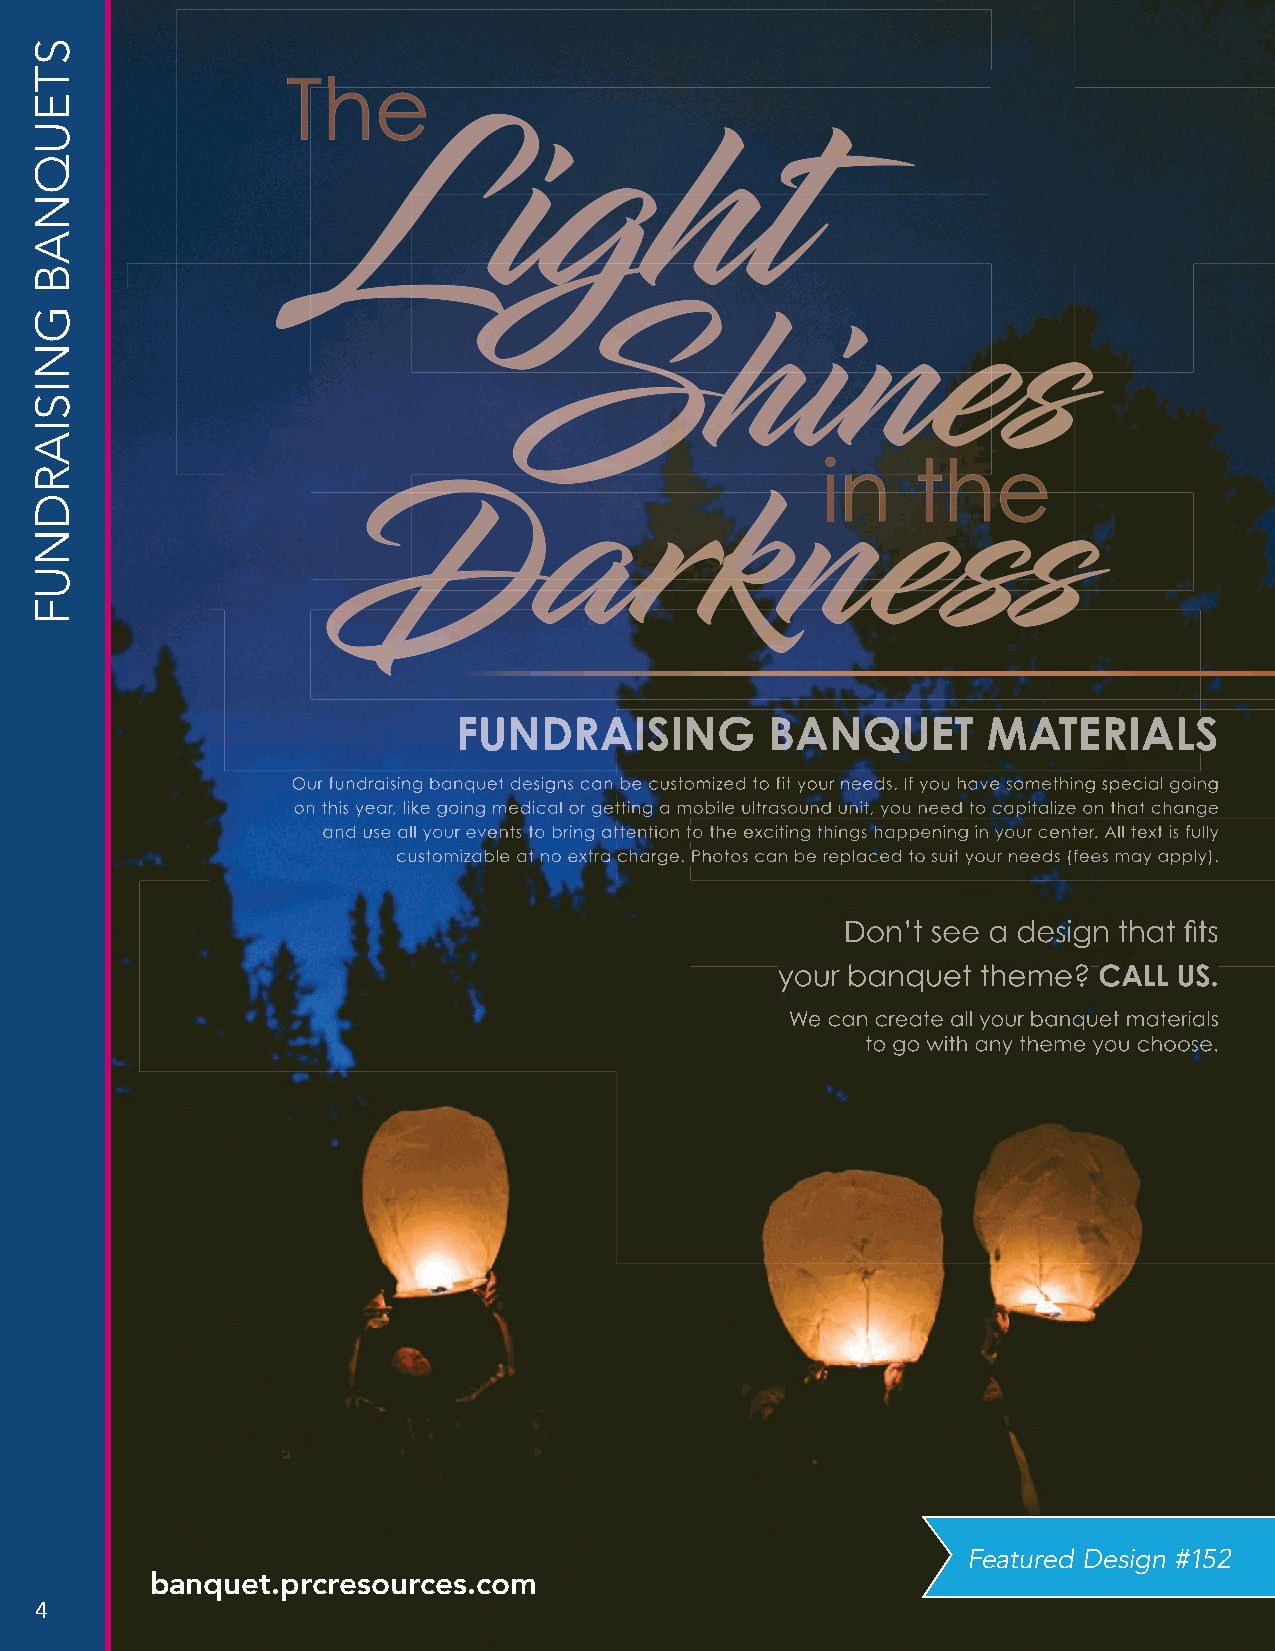
FFFUUUNNNDDDRRRAAAIIISSSIIINNNGGG BBBAAANNNQQQUUUEEETTT MMMAAATTTEEERRRIIIAAALLLSSS
 OOuurr ffuunnddrraaiissiinngg bbaannqquueett ddeessiiggnnss ccaann bbee ccuussttoommiizzeedd ttoo ffiitt yyoouurr nneeeeddss.. IIff yyoouu hhaavvee ssoommeetthhiinngg ssppeecciiaall ggooiinngg
 oonn tthhiiss yyeeaarr,, lliikkee ggooiinngg mmeeddiiccaall oorr ggeettttiinngg aa mmoobbiillee uullttrraassoouunndd uunniitt,, yyoouu nneeeedd ttoo ccaappiittaalliizzee oonn tthhaatt cchhaannggee
 aaannnddd uuussseee aaallllll yyyooouuurrr eeevvveeennntttsss tttooo bbbrrriiinnnggg aaatttttteeennntttiiiooonnn tttooo ttthhheee eeexxxccciiitttiiinnnggg ttthhhiiinnngggsss hhhaaappppppeeennniiinnnggg iiinnn yyyooouuurrr ccceeennnttteeerrr... AAAllllll ttteeexxxttt iiisss fffuuullllllyyy
 cccuuussstttooommmiiizzzaaabbbllleee aaattt nnnooo eeexxxtttrrraaa ccchhhaaarrrgggeee... PPPhhhoootttooosss cccaaannn bbbeee rrreeeppplllaaaccceeeddd tttooo sssuuuiiittt yyyooouuurrr nnneeeeeedddsss (((fffeeeeeesss mmmaaayyy aaapppppplllyyy)))...
 Don’t see a design that fits
 yyoouurr bbaannqquueett tthheemmee?? CCAALLLL UUSS..
 We can create all your banquet materials
 to go with any theme you choose.
 Featured Design #152
 banquet.prcresources.com
 4
 STEUQNAB
 GNISIARDNUF